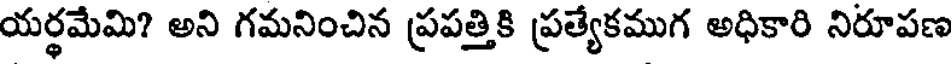
యర్థమేమి? అని గమనించిన ప్రపత్తికి ప్రత్యేకముగ అధికారి నిరూపణ